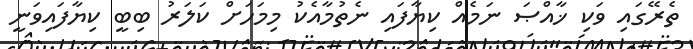
ތެރޭގައި ވަކި ޚާއްޞަ ނަމެއް ކިޔާފައި ނެތުމާއެކު މިމަހަށް ކަލަރު ބިބީ ކިޔާފައިވަނީ